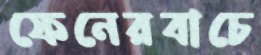
ফেনেরবাচে